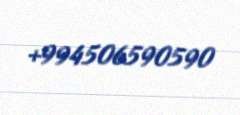
+994506590590